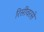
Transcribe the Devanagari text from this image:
रिसीवरसे